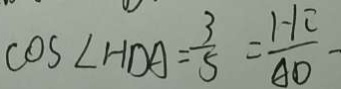
\cos \angle H D A = \frac { 3 } { 5 } = \frac { H C } { A D } -